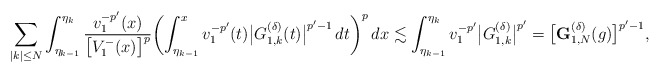
\begin{align*}\sum_{|k|\le N}\int_{\eta_{k-1}}^{\eta_k} \frac{v_1^{-p'}(x)}{\bigl[V_1^-(x)\bigr]^{p}} \biggl(\int_{\eta_{k-1}}^xv_1^{-p'}(t)\bigl|G^{(\delta)}_{1,k}(t)\bigr|^{p'-1}\,dt\biggr)^p\,dx\lesssim\int_{\eta_{k-1}}^{\eta_k}v_1^{-p'}\bigl|G_{1,k}^{(\delta)}\bigr|^{p'}=\bigl[\mathbf{G}^{(\delta)}_{1,N}(g)\bigr]^{p'-1},\end{align*}